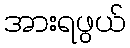
အားရဖွယ်